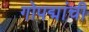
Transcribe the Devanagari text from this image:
गोपद्मांची